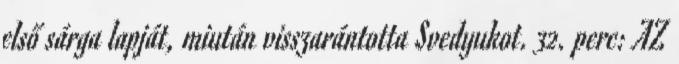
első sárga lapját, miután visszarántotta Svedyukot. 32. perc: AZ